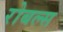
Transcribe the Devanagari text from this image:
रोबल्स